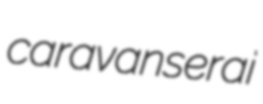
caravanserai